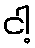
ငါ့